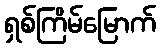
ရှစ်ကြိမ်မြောက်